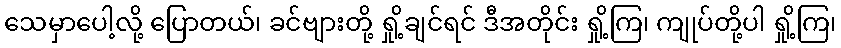
သေမှာပေါ့လို့ ပြောတယ်၊ ခင်ဗျားတို့ ရှို့ချင်ရင် ဒီအတိုင်း ရှို့ကြ၊ ကျုပ်တို့ပါ ရှို့ကြ၊